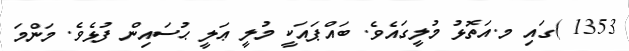
1353 )ގައި މ.އަތޮޅު މުލީގައެވެ. ބައްޕައަކީ މުލީ ޢަލީ ޙުސައިން ފުޅެވެ. މަންމަ